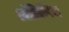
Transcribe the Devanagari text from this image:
ऑलिम्पिया